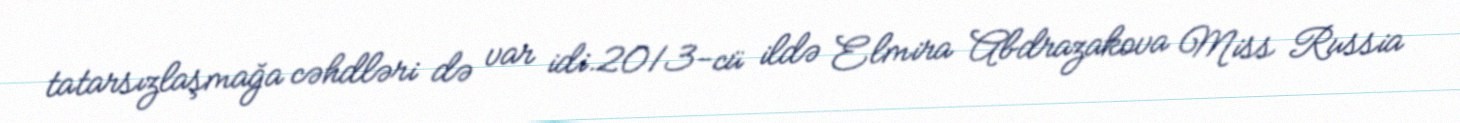
tatarsızlaşmağa cəhdləri də var idi.2013-cü ildə Elmira Abdrazakova Miss Russia